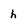
Character: h